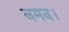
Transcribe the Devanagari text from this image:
नमन।